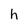
Character: h